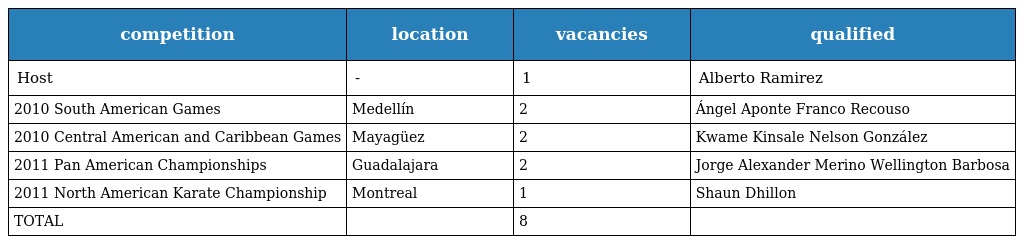
| competition | location | vacancies | qualified |
 | --- | --- | --- | --- |
 | Host | - | 1 | Alberto Ramirez |
 | 2010 South American Games | Medellín | 2 | Ángel Aponte Franco Recouso |
 | 2010 Central American and Caribbean Games | Mayagüez | 2 | Kwame Kinsale Nelson González |
 | 2011 Pan American Championships | Guadalajara | 2 | Jorge Alexander Merino Wellington Barbosa |
 | 2011 North American Karate Championship | Montreal | 1 | Shaun Dhillon |
 | TOTAL |  | 8 |  |